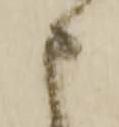
申